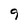
Character: 9